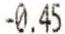
-0.45